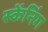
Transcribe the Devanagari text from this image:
स्केंनिंग